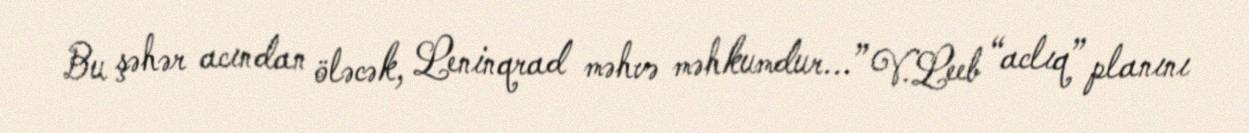
Bu şəhər acından öləcək, Leninqrad məhvə məhkumdur...” V.Leeb “aclıq” planını